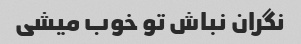
نگران نباش تو خوب میشی